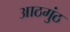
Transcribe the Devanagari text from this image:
आठगुंठ